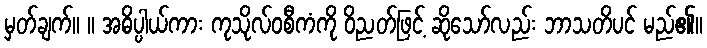
မှတ်ချက်။ ။ အဓိပ္ပါယ်ကား ကုသိုလ်ဝစီကံကို ဝိညတ်ဖြင့် ဆိုသော်လည်း ဘာသတိပင် မည်၏။